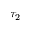
\tau _ { 2 }